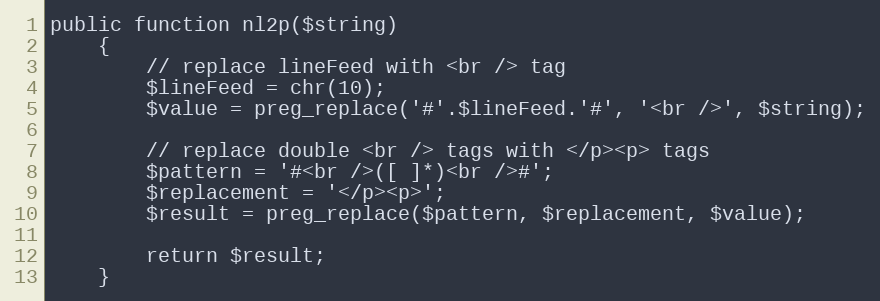
Language: PHP
public function nl2p($string)
    {
        // replace lineFeed with <br /> tag
        $lineFeed = chr(10);
        $value = preg_replace('#'.$lineFeed.'#', '<br />', $string);

        // replace double <br /> tags with </p><p> tags
        $pattern = '#<br />([ ]*)<br />#';
        $replacement = '</p><p>';
        $result = preg_replace($pattern, $replacement, $value);

        return $result;
    }